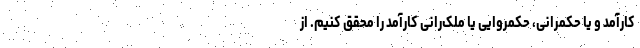
کارآمد و یا حکمرانی، حکمروایی یا ملک‌رانی کارآمد را محقق کنیم. از